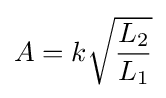
A=k{\sqrt {\frac {L_{2}}{L_{1}}}}